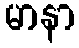
မာနာ